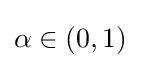
\alpha \in \left(0,1\right)\;